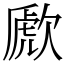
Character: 歋